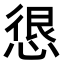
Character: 𭝮